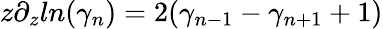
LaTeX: z\partial_{z}ln(\gamma_{n})=2(\gamma_{n-1}-\gamma_{n+1}+1)